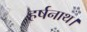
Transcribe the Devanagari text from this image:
हर्षनाथ।